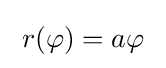
\;r(\varphi )=a\varphi \;